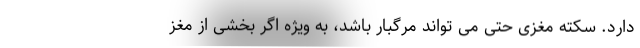
دارد. سکته مغزی حتی می تواند مرگبار باشد، به ویژه اگر بخشی از مغز